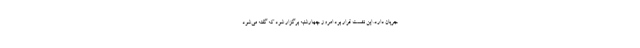
جریان دارد. این نشست قرار بود امروز چهارشنبه برگزار شود که گفته می‌شود